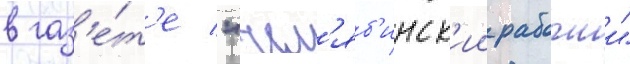
в газ'е́т'е "чел'яб'инск'ии рабочии"